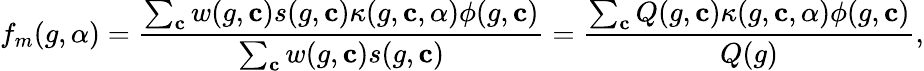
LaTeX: f_{m}(g,\alpha)=\frac{\sum_{\mathbf{c}}w(g,\mathbf{c})s(g,\mathbf{c})\kappa(g,\mathbf{c},\alpha)\phi(g,\mathbf{c})}{\sum_{\mathbf{c}}w(g,\mathbf{c})s(g,\mathbf{c})}=\frac{\sum_{\mathbf{c}}Q(g,\mathbf{c})\kappa(g,\mathbf{c},\alpha)\phi(g,\mathbf{c})}{Q(g)},